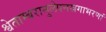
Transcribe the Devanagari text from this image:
श्वेताम्बरानुलेपनस्रगाभरणां